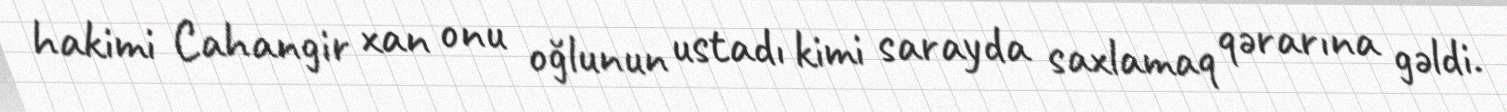
hakimi Cahangir xan onu oğlunun ustadı kimi sarayda saxlamaq qərarına gəldi.